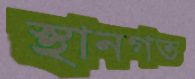
স্থানগত